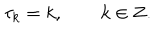
LaTeX: \tau _ { k } = k , \qquad k \in { \bf Z } .